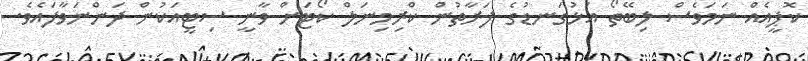
ކޮޕީއެއް ނަމަވެސް ލިބޭތޯ އަޅުގަނޑުގެ ފަރާތުން ކްރިމިނަލް ކޯޓަށް ވާނީ ސިޓީއަކުން ދަންނަވާފައެވެ.